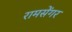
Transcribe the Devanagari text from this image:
रामसेंगर